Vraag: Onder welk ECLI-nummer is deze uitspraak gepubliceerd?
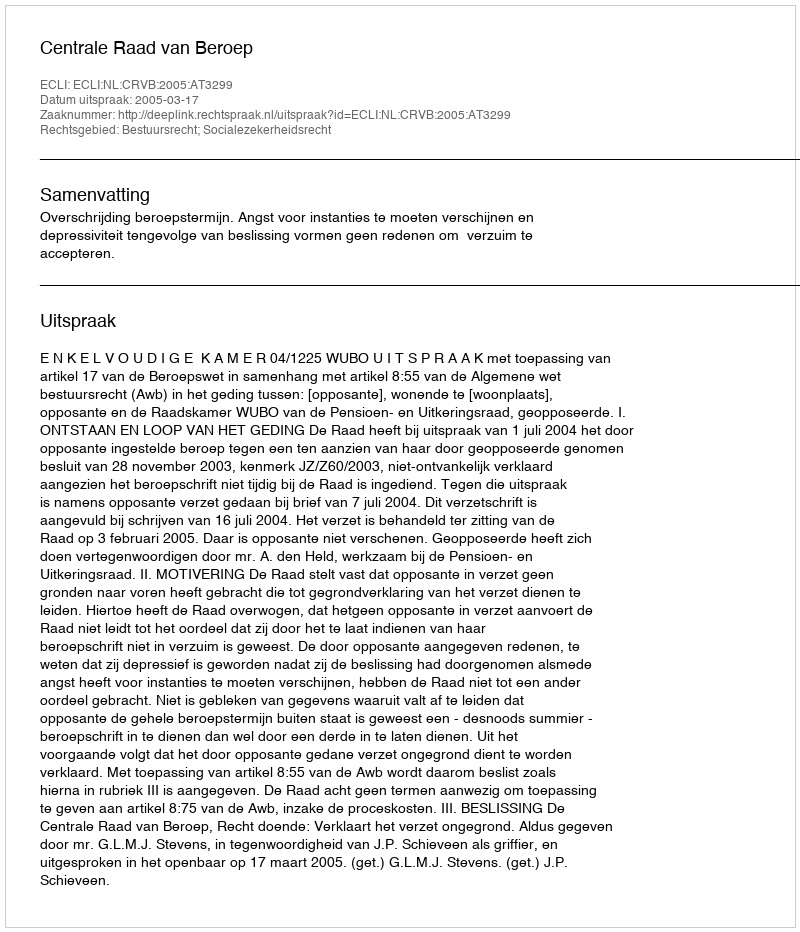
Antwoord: ECLI:NL:CRVB:2005:AT3299